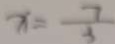
x = \frac { 7 } { 3 }